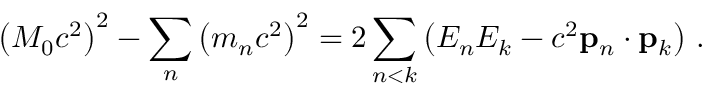
\left( M _ { 0 } c ^ { 2 } \right) ^ { 2 } - \sum _ { n } \left( m _ { n } c ^ { 2 } \right) ^ { 2 } = 2 \sum _ { n < k } \left( E _ { n } E _ { k } - c ^ { 2 } \mathbf { p } _ { n } \cdot \mathbf { p } _ { k } \right) \, .